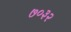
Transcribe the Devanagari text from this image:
७०३२